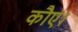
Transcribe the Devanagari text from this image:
कौए।